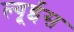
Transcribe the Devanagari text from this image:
ल्यूईस